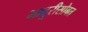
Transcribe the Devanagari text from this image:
भादुरीसोबत